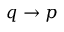
q \to p